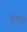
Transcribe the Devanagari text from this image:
पुथान्